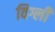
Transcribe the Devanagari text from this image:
विग्ली